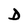
Character: D